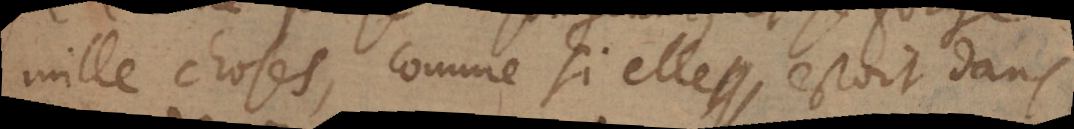
mille choses, comme si elle estoit dans